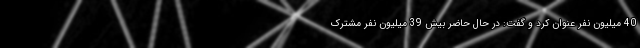
40 میلیون نفر عنوان کرد و گفت: در حال حاضر بیش 39 میلیون نفر مشترک